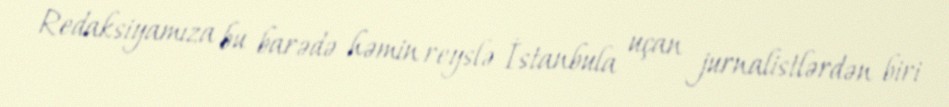
Redaksiyamıza bu barədə həmin reyslə İstanbula uçan jurnalistlərdən biri